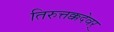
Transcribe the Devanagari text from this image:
तिरुत्तक्कदेवर्